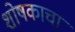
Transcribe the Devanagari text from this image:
शोषकाचा